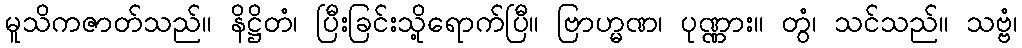
မူသိကဇာတ်သည်။ နိဋ္ဌိတံ၊ ပြီးခြင်းသို့ရောက်ပြီ။ ဗြာဟ္မဏ၊ ပုဏ္ဏား။ တွံ၊ သင်သည်။ သဗ္ဗံ၊